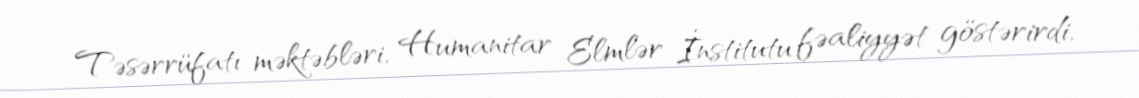
Təsərrüfatı məktəbləri, Humanitar Elmlər İnstitutu fəaliyyət göstərirdi,